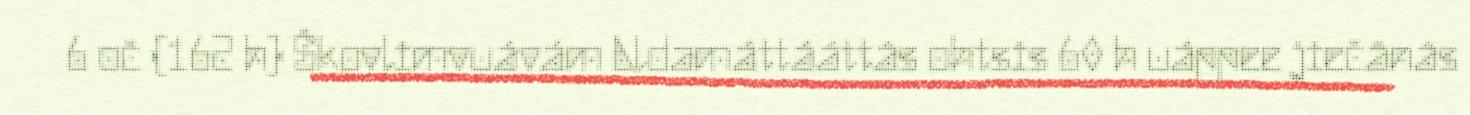
6 oč (162 h) Škovlimvuávám Aldamáttááttâs ohtsis 60 h uáppee jiečânâs